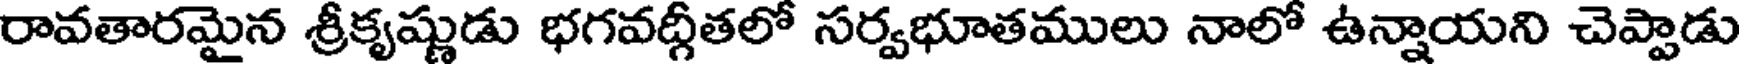
రావతారమైన శ్రీకృష్ణుడు భగవద్గీతలో సర్వభూతములు నాలో ఉన్నాయని చెప్పాడు